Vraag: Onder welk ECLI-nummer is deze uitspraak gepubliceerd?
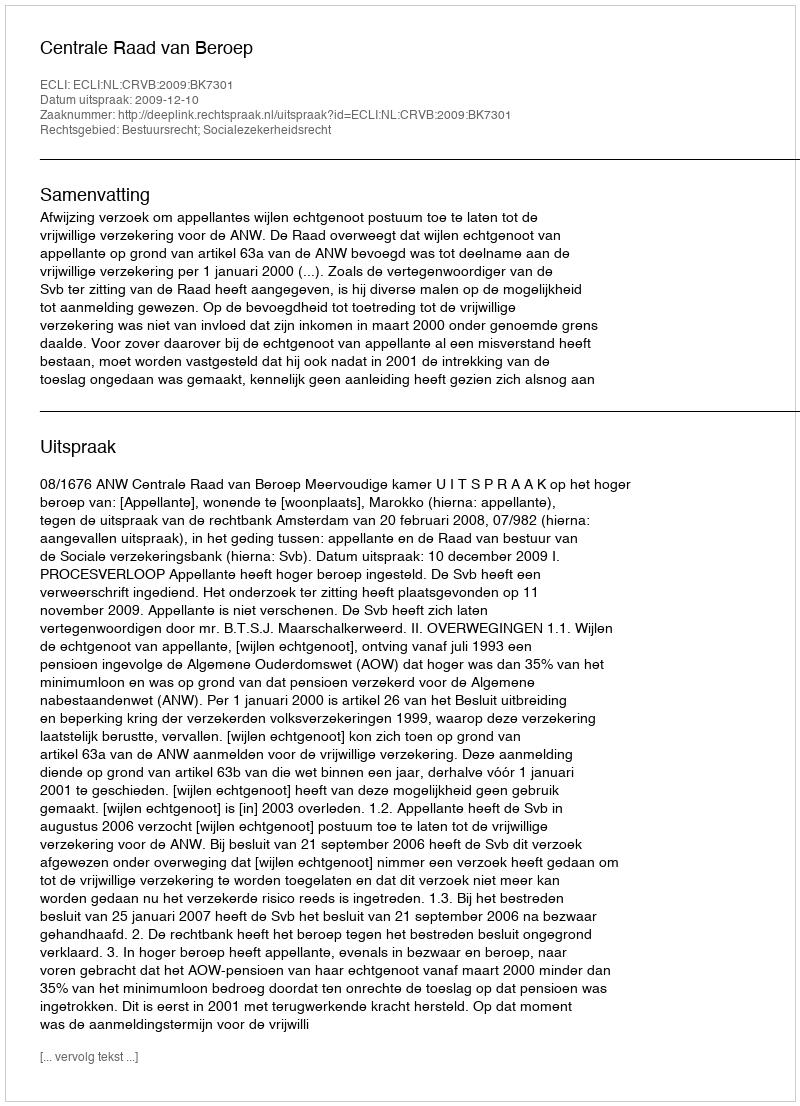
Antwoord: ECLI:NL:CRVB:2009:BK7301